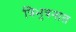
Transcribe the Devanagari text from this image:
त्रिभुवनात